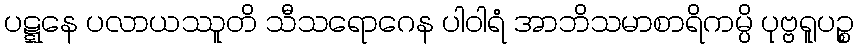
ပဋ္ဋနေ ပလာယဿူတိ သီသရောဂေန ပါဝါရံ အာဘိသမာစာရိကမ္ပိ ပုဗ္ဗရူပဉ္စ